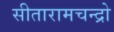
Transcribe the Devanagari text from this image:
सीतारामचन्द्रो